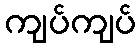
ကျပ်ကျပ်